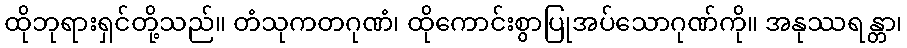
ထိုဘုရားရှင်တို့သည်။ တံသုကတဂုဏံ၊ ထိုကောင်းစွာပြုအပ်သောဂုဏ်ကို။ အနုဿရန္တာ၊